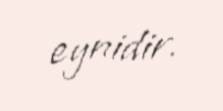
eynidir.